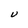
Character: U